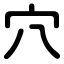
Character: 穴